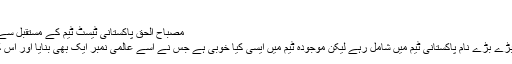
‘
Image caption مصباح الحق پاکستانی ٹیسٹ ٹیم کے مستقبل سے بہت زیادہ پرامید ہیں
مصباح الحق سے سوال تھا کہ ماضی میں بڑے بڑے نام پاکستانی ٹیم میں شامل رہے لیکن موجودہ ٹیم میں ایسی کیا خوبی ہے جس نے اسے عالمی نمبر ایک بھی بنایا اور اس کی کارکردگی میں مستقل مزاجی بھی ہے؟